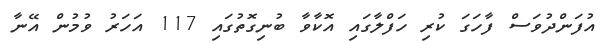
އުފަންދުވަސް ފާހަގަ ކުރި ހަފްލާގައި އޮކާވާ ބުނިގޮތުގައި 117 އަހަރު ވުމުން އޭނާ